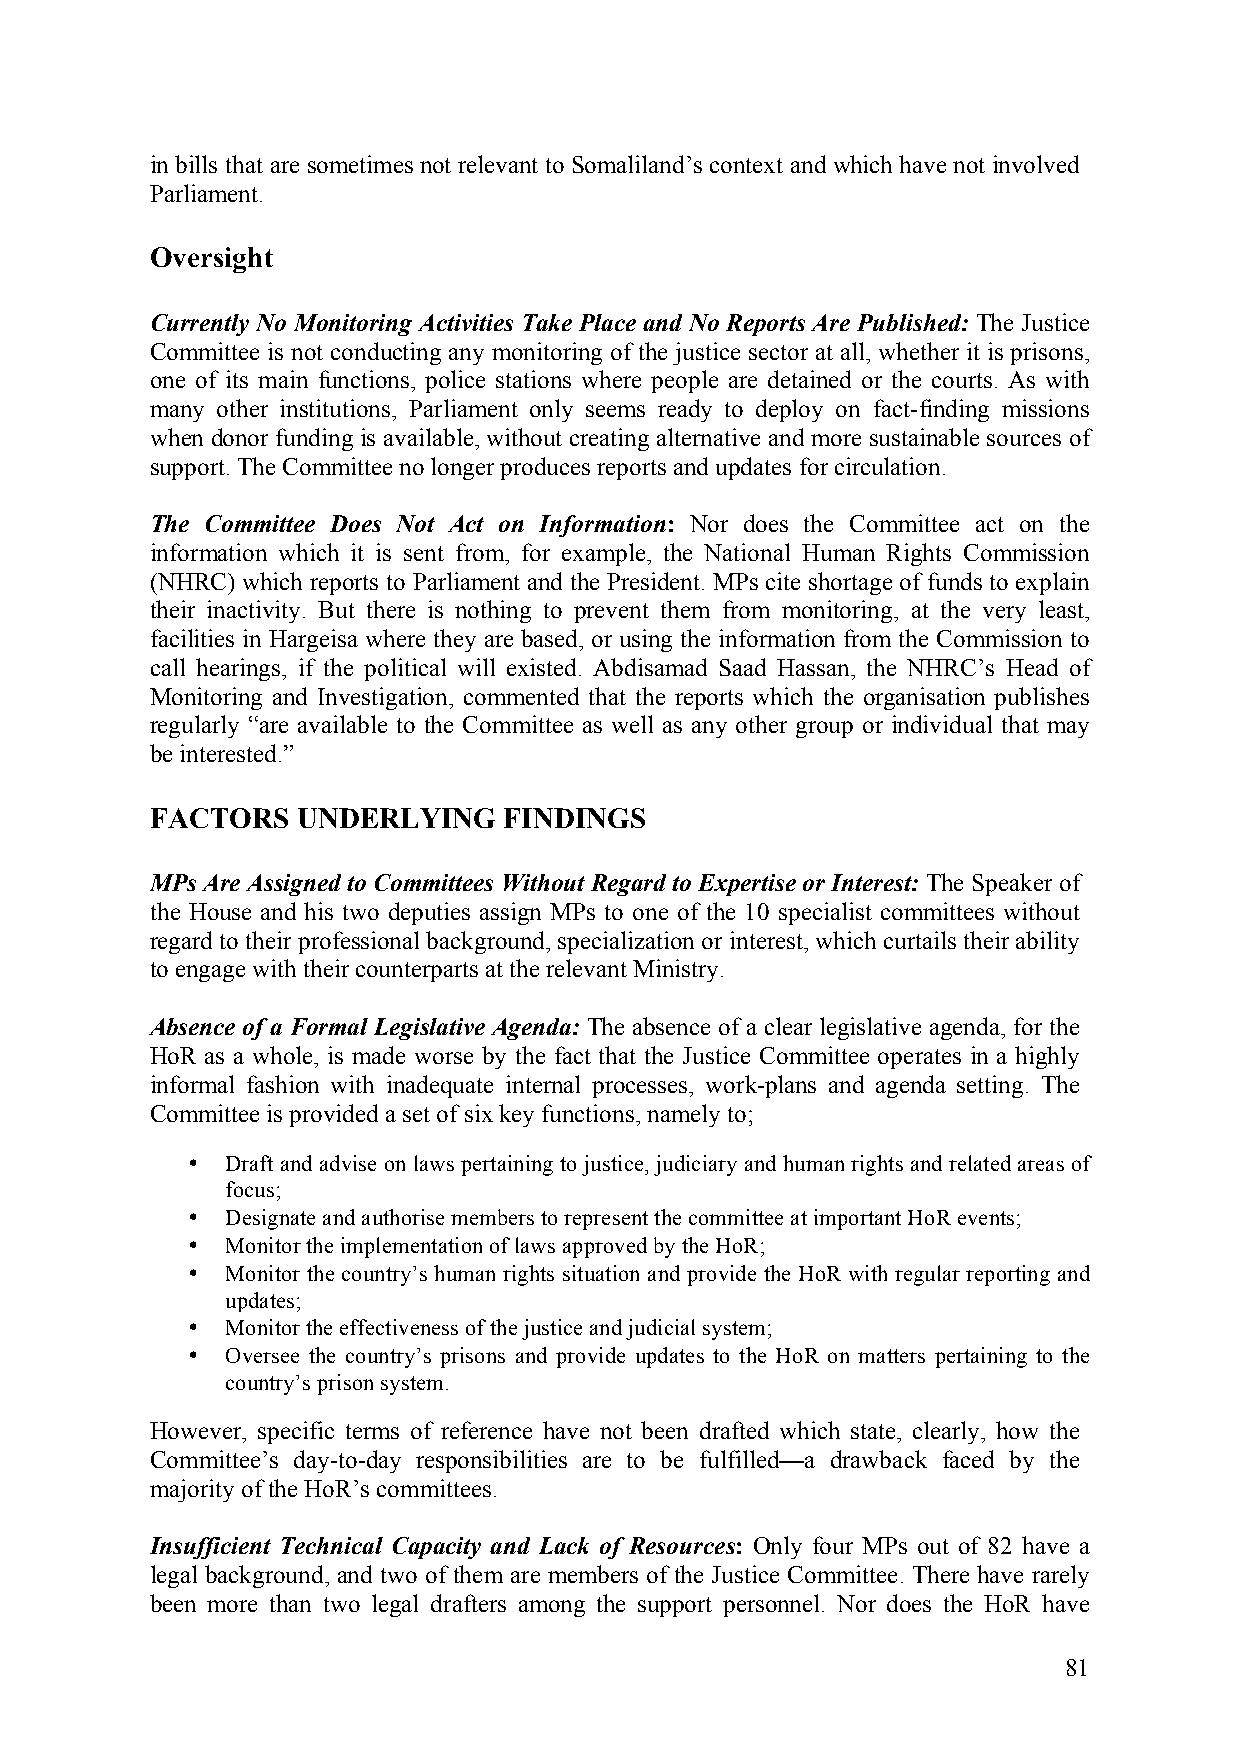
in bills that are sometimes not relevant to Somaliland’s context and which have not involved
 Parliament.
 Oversight
 Currently No Monitoring Activities Take Place and No Reports Are Published: The Justice
 Committee is not conducting any monitoring of the justice sector at all, whether it is prisons,
 one of its main functions, police stations where people are detained or the courts. As with
 many other institutions, Parliament only seems ready to deploy on fact-finding missions
 when donor funding is available, without creating alternative and more sustainable sources of
 support. The Committee no longer produces reports and updates for circulation.
 The Committee Does Not Act on Information: Nor does the Committee act on the
 information which it is sent from, for example, the National Human Rights Commission
 (NHRC) which reports to Parliament and the President. MPs cite shortage of funds to explain
 their inactivity. But there is nothing to prevent them from monitoring, at the very least,
 facilities in Hargeisa where they are based, or using the information from the Commission to
 call hearings, if the political will existed. Abdisamad Saad Hassan, the NHRC’s Head of
 Monitoring and Investigation, commented that the reports which the organisation publishes
 regularly “are available to the Committee as well as any other group or individual that may
 be interested.”
 FACTORS   UNDERLYING   FINDINGS
 MPs Are Assigned to Committees Without Regard to Expertise or Interest: The Speaker of
 the House and his two deputies assign MPs to one of the 10 specialist committees without
 regard to their professional background, specialization or interest, which curtails their ability
 to engage with their counterparts at the relevant Ministry.
 Absence of a Formal Legislative Agenda: The absence of a clear legislative agenda, for the
 HoR as a whole, is made worse by the fact that the Justice Committee operates in a highly
 informal fashion with inadequate internal processes, work-plans and agenda setting. The
 Committee is provided a set of six key functions, namely to;
 •  Draft and advise on laws pertaining to justice, judiciary and human rights and related areas of
 focus;
 •  Designate and authorise members to represent the committee at important HoR events;
 •  Monitor the implementation of laws approved by the HoR;
 •  Monitor the country’s human rights situation and provide the HoR with regular reporting and
 updates;
 •  Monitor the effectiveness of the justice and judicial system;
 •  Oversee the country’s prisons and provide updates to the HoR on matters pertaining to the
 country’s prison system.
 However, specific terms of reference have not been drafted which state, clearly, how the
 Committee’s day-to-day responsibilities are to be fulfilled—a drawback faced by the
 majority of the HoR’s committees.
 Insufficient Technical Capacity and Lack of Resources: Only four MPs out of 82 have a
 legal background, and two of them are members of the Justice Committee. There have rarely
 been more than two legal drafters among the support personnel. Nor does the HoR have
 81